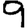
Digit: 9